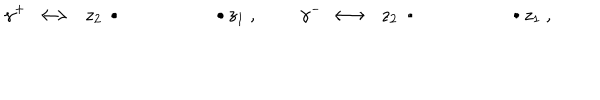
LaTeX: \gamma ^ { + } \ \longleftrightarrow \ \ z _ { 2 } \, \bullet \quad \qquad \qquad \bullet \, z _ { 1 } \ , \ \quad \quad \gamma ^ { - } \ \longleftrightarrow \ \ z _ { 2 } \, \bullet \quad \qquad \qquad \bullet \, z _ { 1 } \ ,